Leningradi_Edasi_toimetus, lk 27
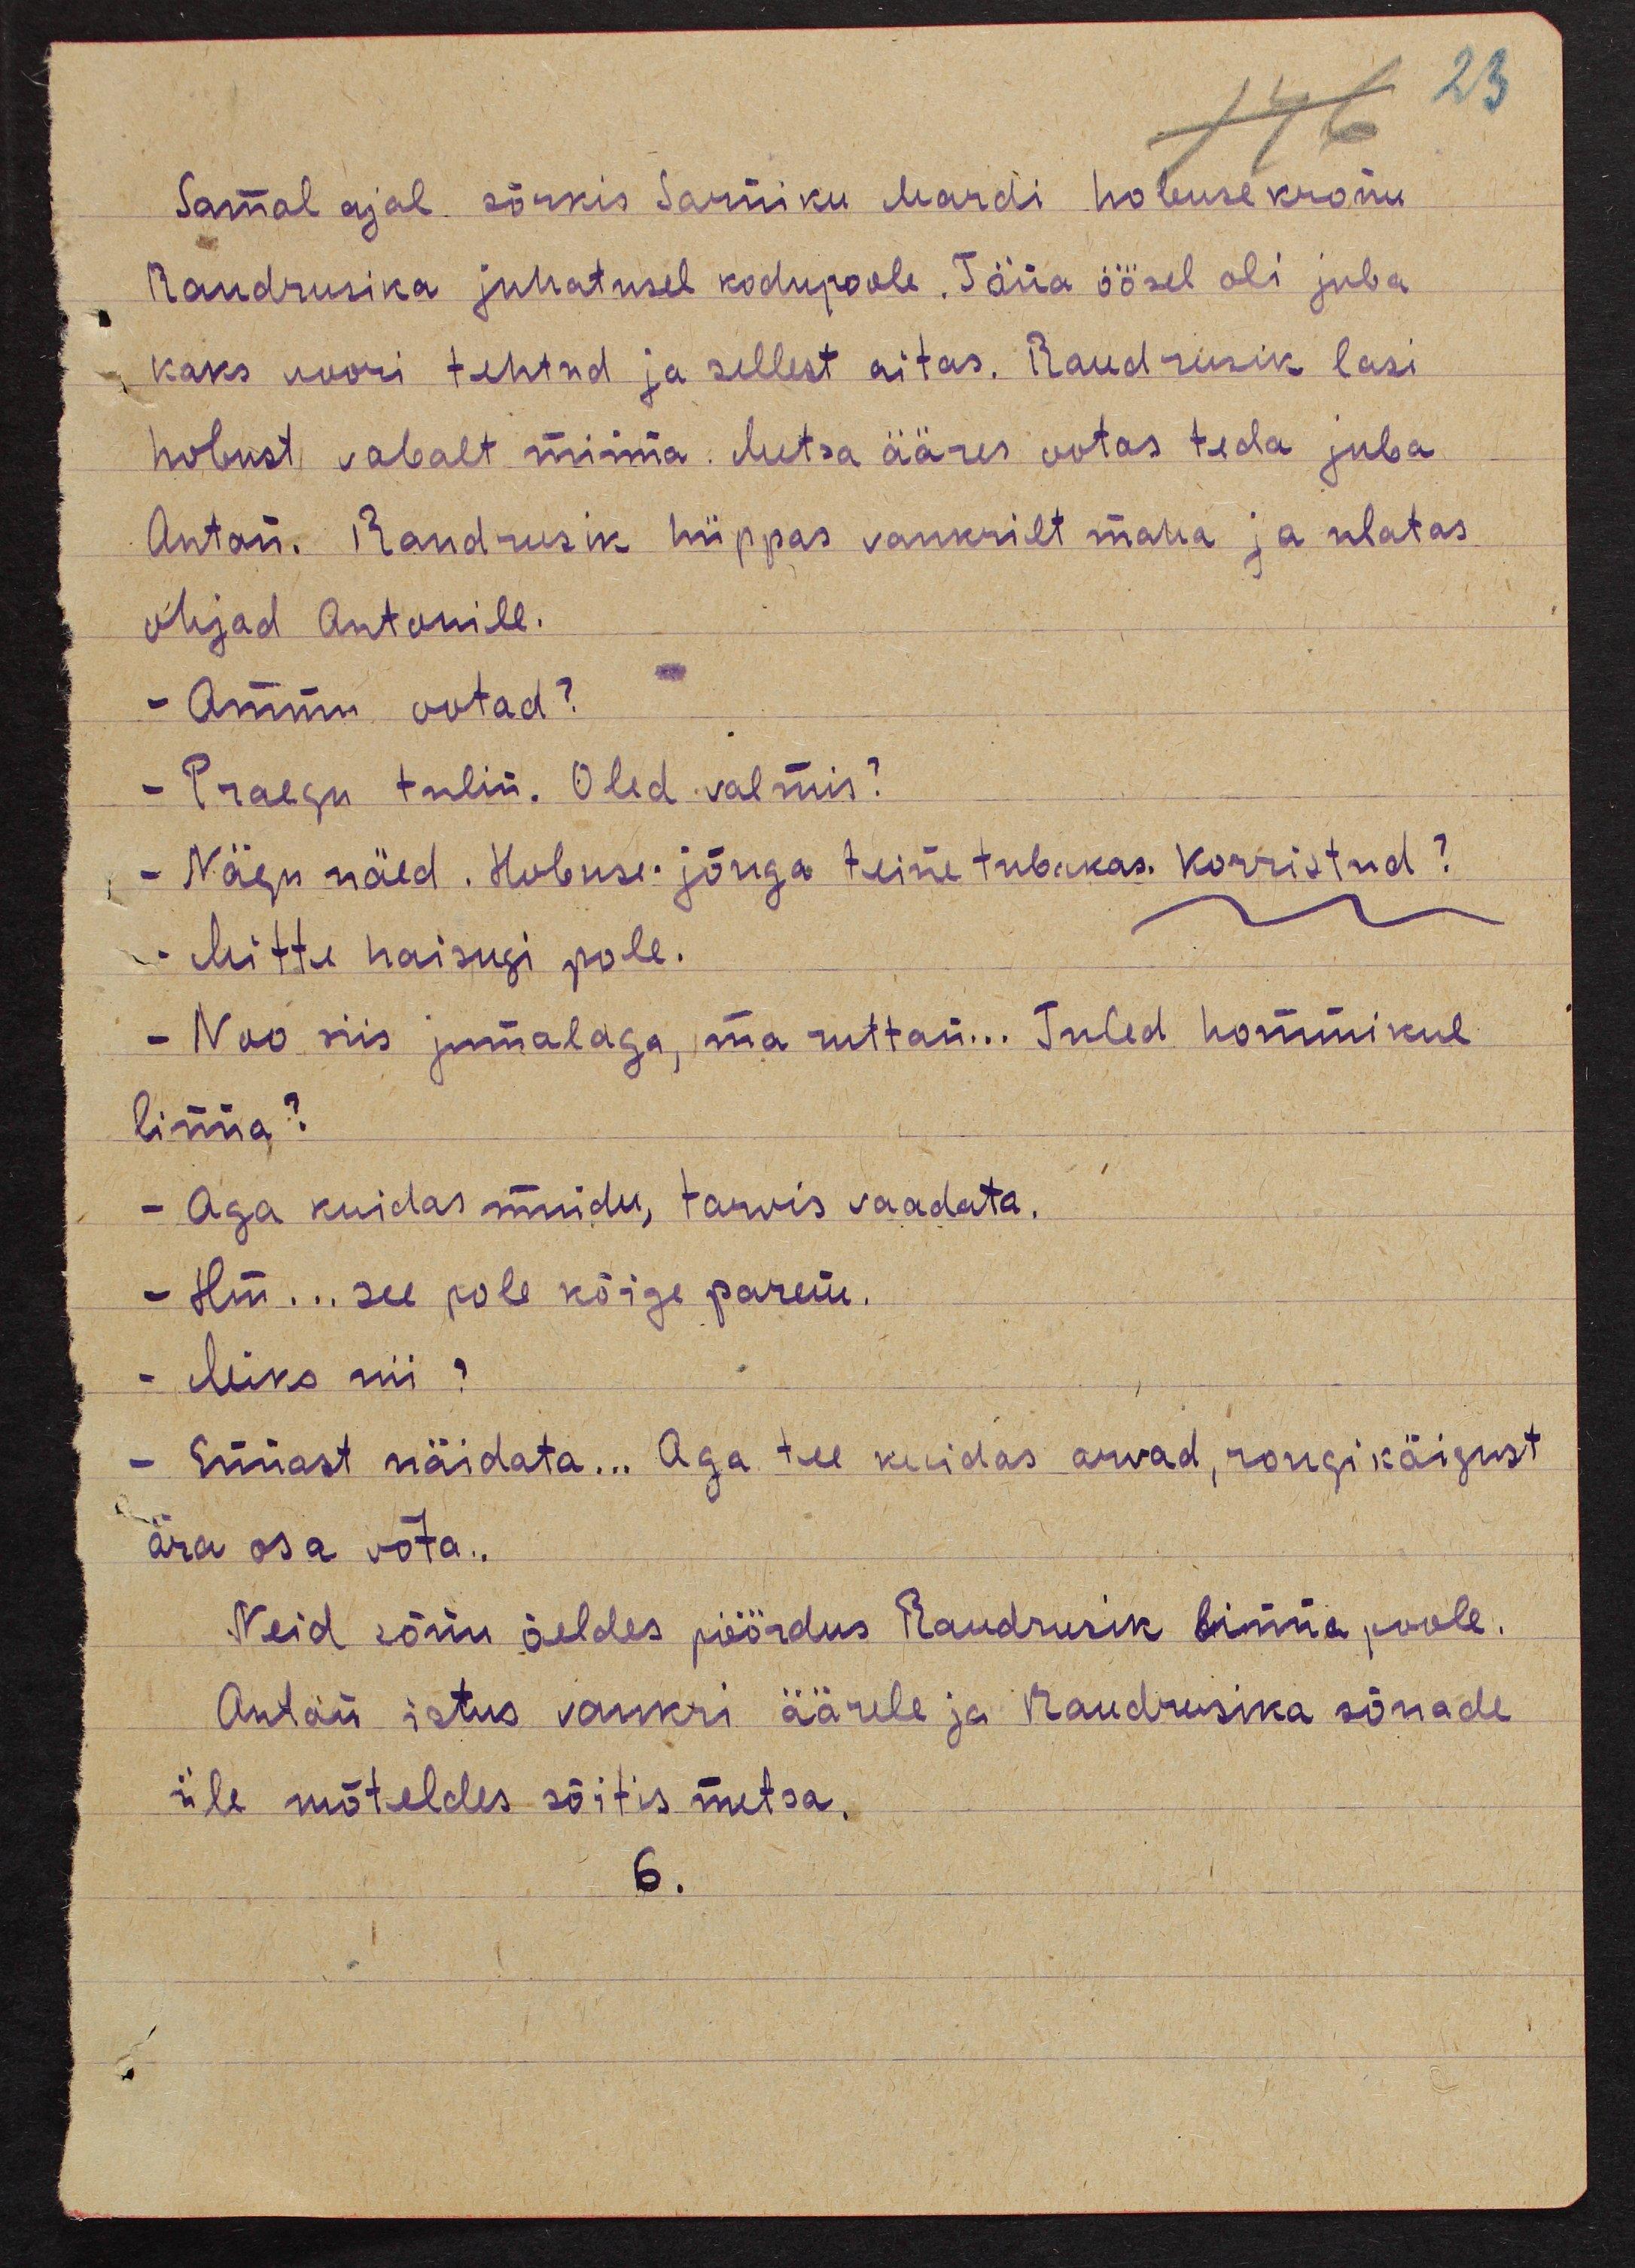
23

Samal ajal sörkis Sarniku Mardi hobusekronu
Raudrusika juhatusel kodupoole. Täna öösel oli juba
kaks voori tehtud ja sellest aitas. Raudrusik lasi
hobust vabalt minna. Metsa ääres ootas teda juba
Anton. Raudrusik hüppas vankritelt maha ja ulatas
ohjad Antonile.
- Ammu ootad?
- Praegu tulin. Oled valmis?
- Nägu näed. Hobuse jõuga teine tubakas. Korristud?
- Mitte haisugi pole.
- Noo siis jumalaga, ma ruttan... Tuled hommikul
linna?
- Aga kuidas muidu, tarvis vaadata.
- Hm... see pole kõige parem.
- Miks nii?
- Ennast näidata... Aga tee kuidas arvad, rongikäigust
ära osa võta...
Neid sõnu öeldes pöördus Raudrusik linna poole.
Anton istus vankri äärele ja Raudrusika sõnade
üle mõteldes sõitis metsa.
6.